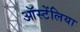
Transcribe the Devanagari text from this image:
ऑस्टेंलिया